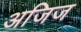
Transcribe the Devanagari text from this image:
अजिज